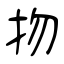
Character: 𢪱